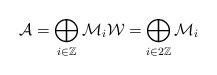
\begin{align*} \mathcal A= \bigoplus_{i \in \mathbb Z} \mathcal M_i \mathcal W= \bigoplus_{i \in 2\mathbb Z} \mathcal M_i \ \end{align*}